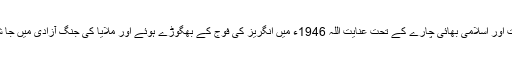
مذہبی حمیت اور اسلامی بھائی چارے کے تحت عنایت اللہ 1946ء میں انگریز کی فوج کے بھگوڑے ہوئے اور ملایا کی جنگ آزادی میں جا شامل ہوئے۔